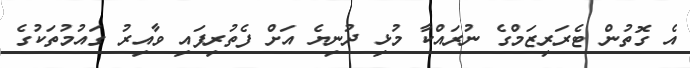
އެ ގޮތުން ޓެރަރިޒަމްގެ ނުރައްކާ މުޅި ދުނިޔެ އަށް ފެތުރިފައި ވާއިރު ގައުމުތަކުގެ